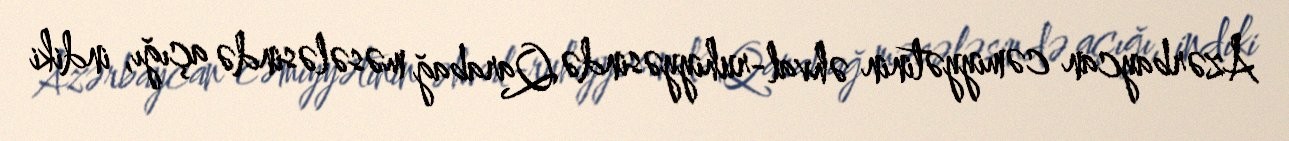
Azərbaycan cəmiyyətinin əhval-ruhiyyəsində Qarabağ məsələsində açığı, indiki